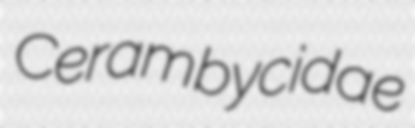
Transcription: Cerambycidae